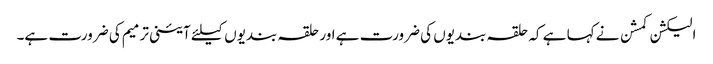
الیکشن کمشن نے کہا ہے کہ حلقہ بندیوں کی ضرورت ہے اور حلقہ بندیوں کیلئے آئینی ترمیم کی ضرورت ہے۔